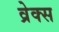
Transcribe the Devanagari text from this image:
व्रेक्स